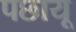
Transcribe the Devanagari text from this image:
पछायू